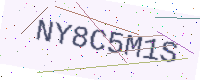
Text: NY8C5M1S